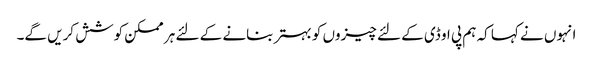
انہوں نے کہا کہ ہم پی او ڈی کے لئے چیزوں کو بہتر بنانے کے لئے ہر ممکن کوشش کریں گے۔